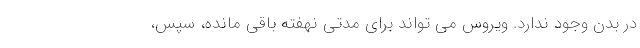
در بدن وجود ندارد. ویروس می تواند برای مدتی نهفته باقی مانده، سپس،